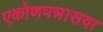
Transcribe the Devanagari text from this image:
एकोणपन्नासवा